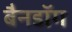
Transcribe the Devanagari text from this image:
बैनडॉग